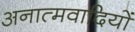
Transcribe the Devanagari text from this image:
अनात्मवादियों